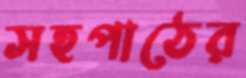
সহপাঠের